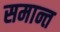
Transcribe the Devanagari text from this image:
समान्त